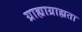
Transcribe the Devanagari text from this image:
ग्राह्याग्राह्यता